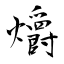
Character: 爝